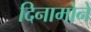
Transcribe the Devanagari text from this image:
दिनामोने